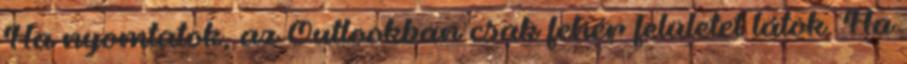
Ha nyomtatok, az Outlookban csak fehér felületet látok. Ha